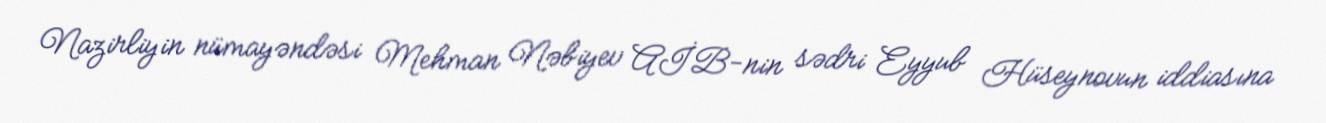
Nazirliyin nümayəndəsi Mehman Nəbiyev AİB-nin sədri Eyyub Hüseynovun iddiasına